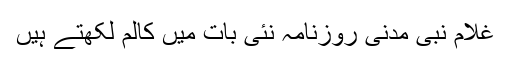
غلام نبی مدنی روزنامہ نئی بات میں کالم لکھتے ہیں